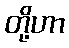
တို့ဟာ